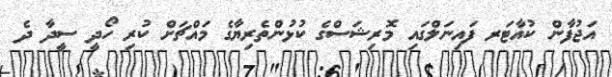
އަޖުފާން ކުއާޓަރ ފައިނަލްގައި މޮރިޝަސްގެ ކުޅުންތެރިޔާގެ މައްޗަށް ކުރި ހޯދީ ސީދާ ދެ